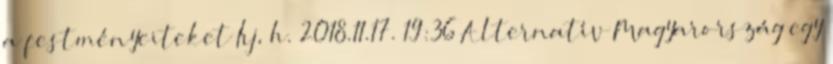
a festményeiteket Írj, h. 2018.11.17. 19:36 Alternatív Magyarország egy